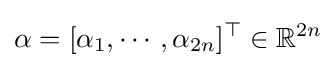
\alpha =[\alpha _{1},\cdots ,\alpha _{2n}]^{\top }\in \mathbb {R} ^{2n}